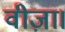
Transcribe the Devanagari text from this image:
वीज़ा।